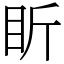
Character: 盺